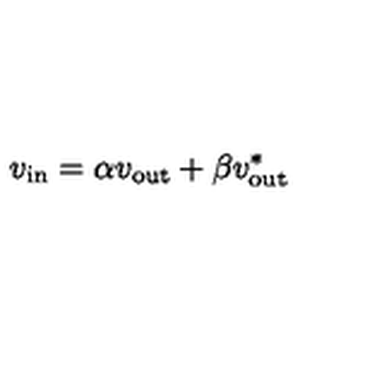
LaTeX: v _ { \mathrm { i n } } = \alpha v _ { \mathrm { o u t } } + \beta v _ { \mathrm { o u t } } ^ { * }